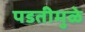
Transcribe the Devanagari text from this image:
पडतीमुळे